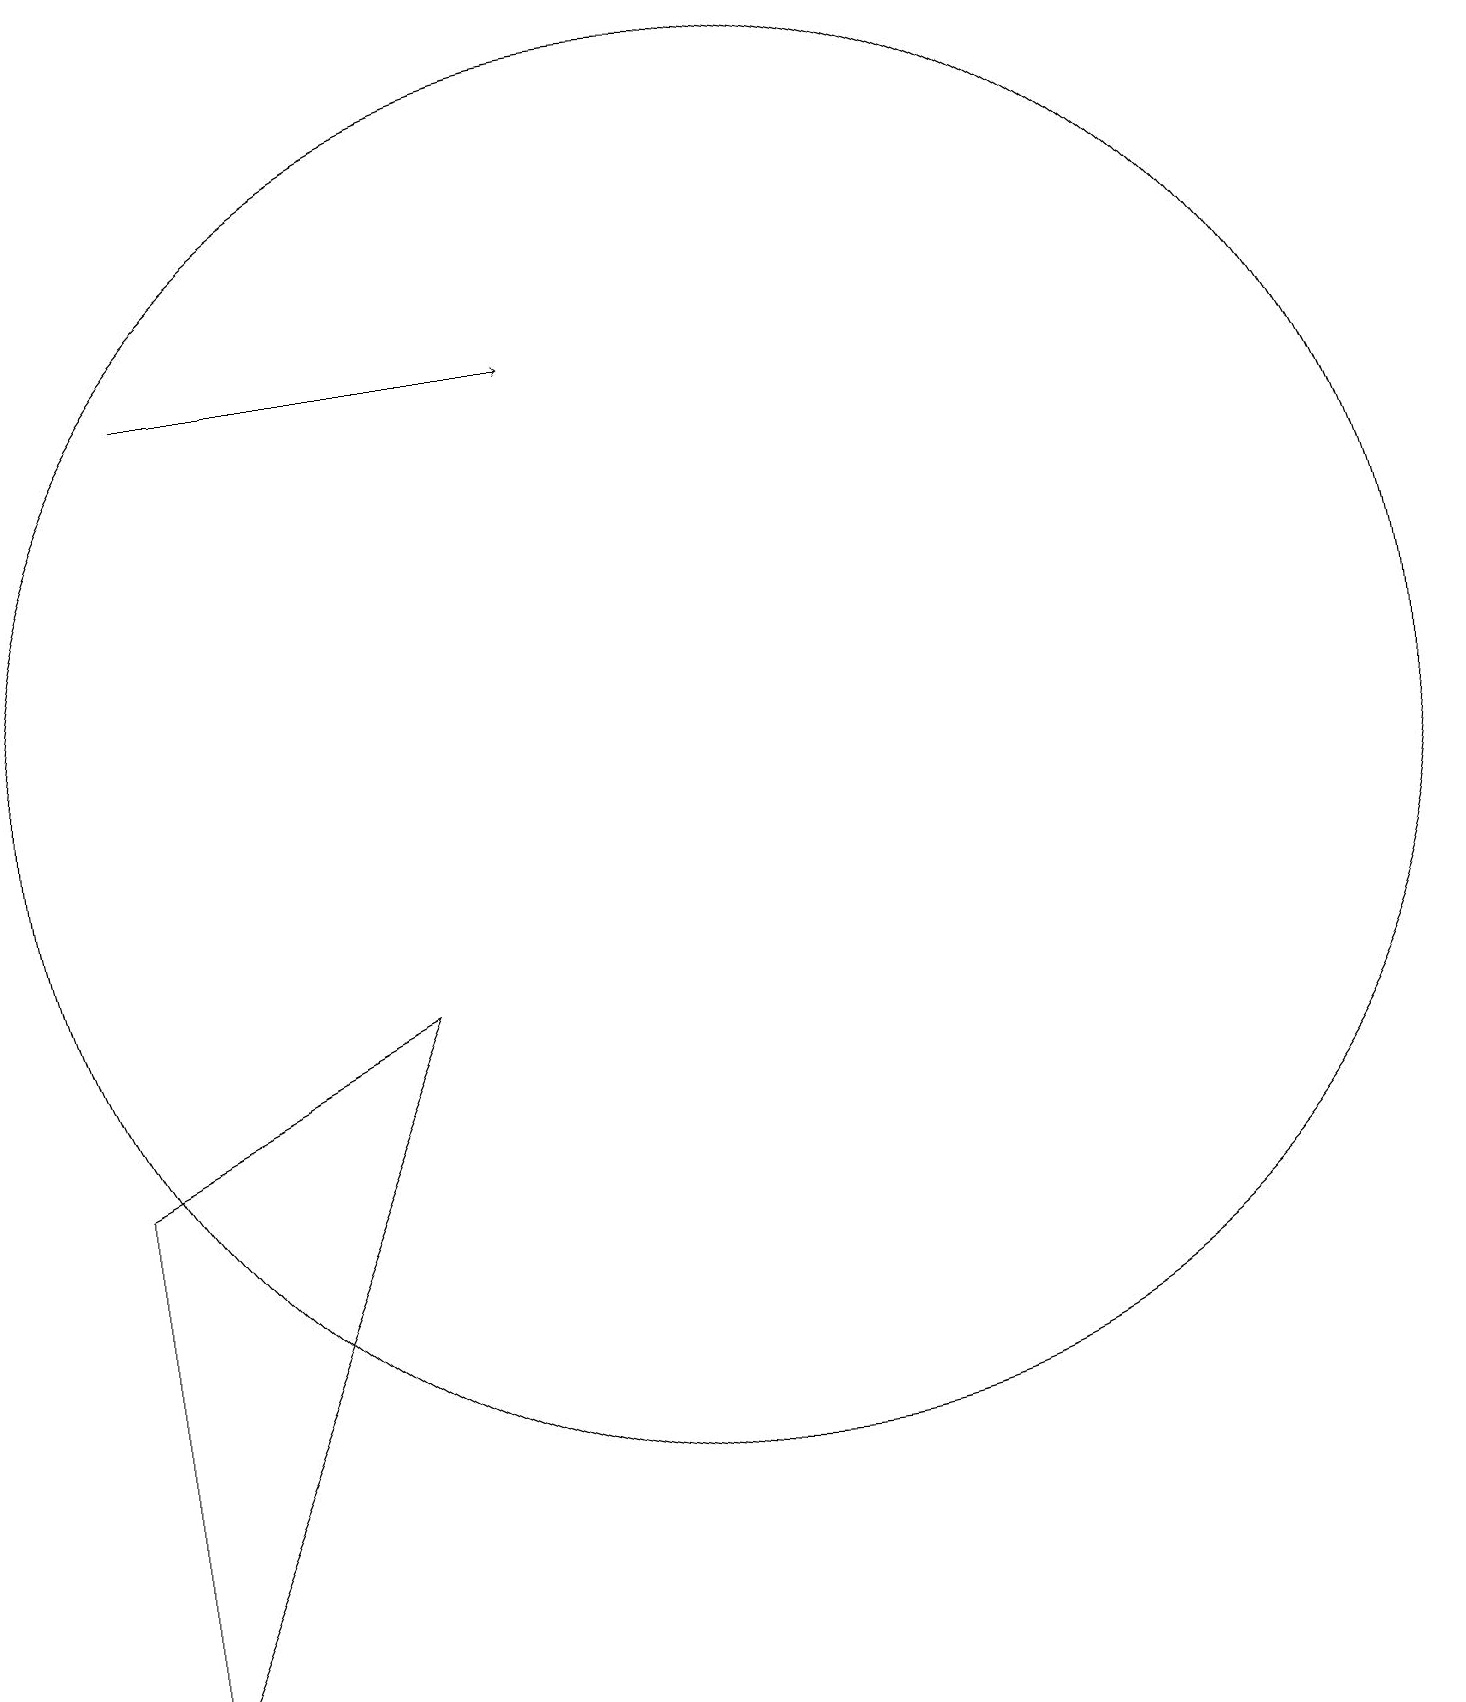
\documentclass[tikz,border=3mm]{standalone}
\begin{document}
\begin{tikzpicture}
\draw[->] (3,17) -- (8,17);
\draw (10,12) circle (9);
\draw (2,7) -- (2,0) -- (6,9) -- cycle;
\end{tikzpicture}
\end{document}